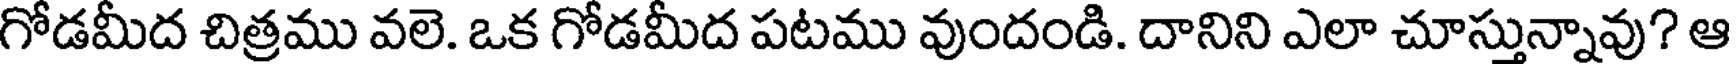
గోడమీద చిత్రము వలె. ఒక గోడమీద పటము వుందండి. దానిని ఎలా చూస్తున్నావు? ఆ